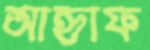
আহ্নাফ